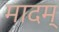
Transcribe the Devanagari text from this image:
मादम्